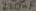
Text: 220nF